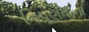
નિપૂણતાના